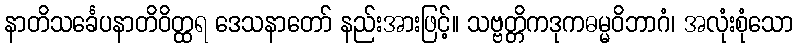
နာတိသင်္ခေပနာတိဝိတ္ထရ ဒေသနာတော် နည်းအားဖြင့်။ သဗ္ဗတ္တိကဒုကဓမ္မဝိဘာဂံ၊ အလုံးစုံသော